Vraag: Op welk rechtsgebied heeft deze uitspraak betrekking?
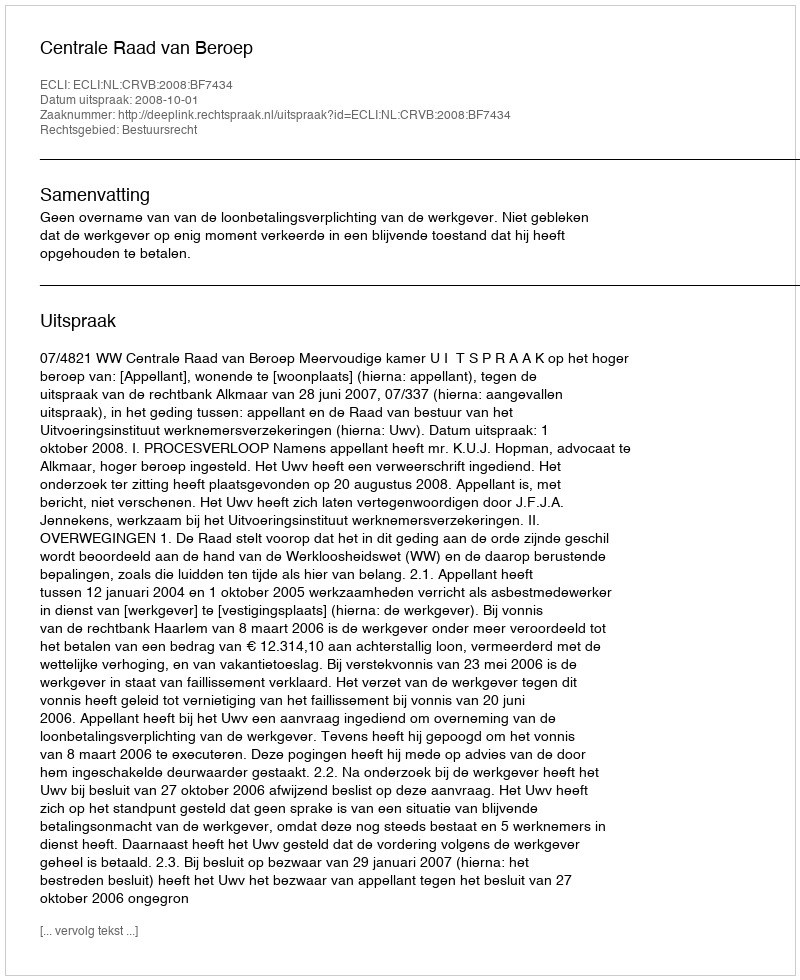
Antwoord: Bestuursrecht